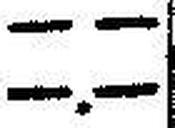
—.—